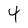
Character: 4